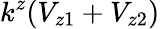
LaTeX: k^{z}(V_{z1}+V_{z2})